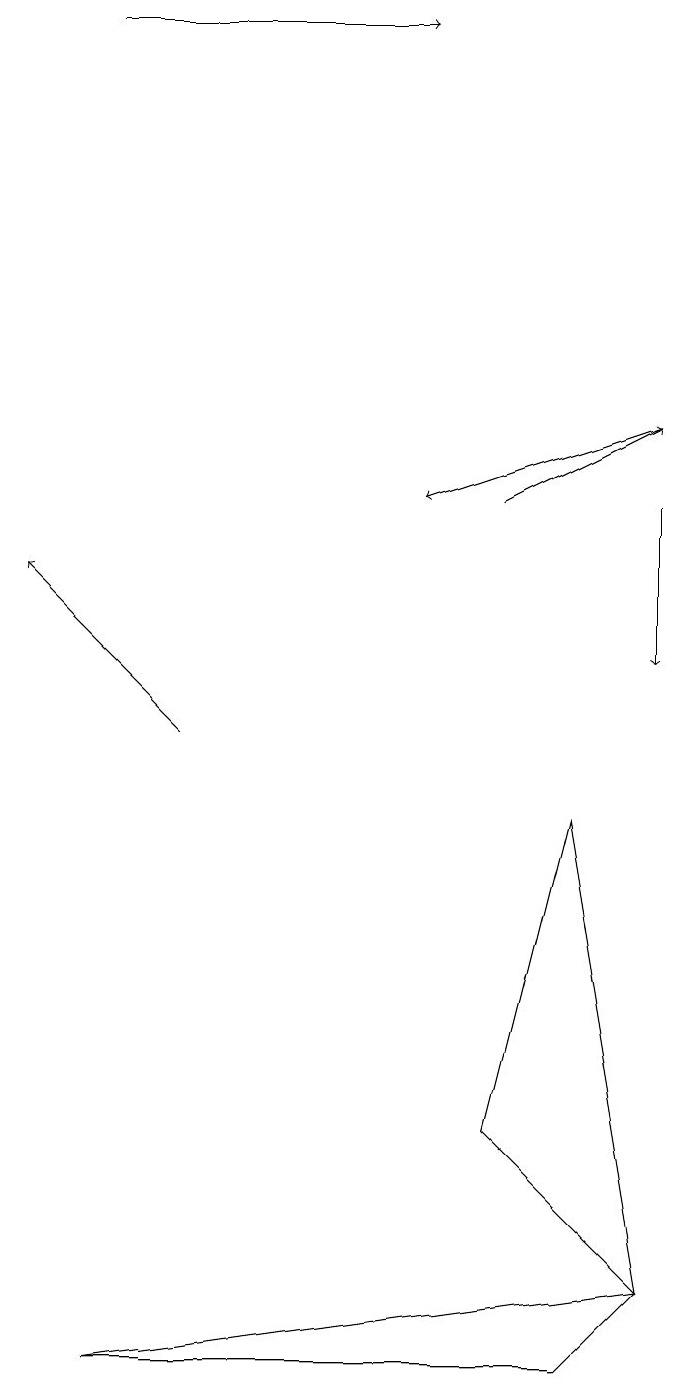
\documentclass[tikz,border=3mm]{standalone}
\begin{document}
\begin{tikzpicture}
\draw[->] (1,19) -- (5,19);
\draw[->] (2,10) -- (0,12);
\draw[->] (8,14) -- (5,13);
\draw (8,3) -- (1,2) -- (7,2) -- cycle;
\draw[->] (8,13) -- (8,11);
\draw[->] (6,13) -- (8,14);
\draw (8,3) -- (6,5) -- (7,9) -- cycle;
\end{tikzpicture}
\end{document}